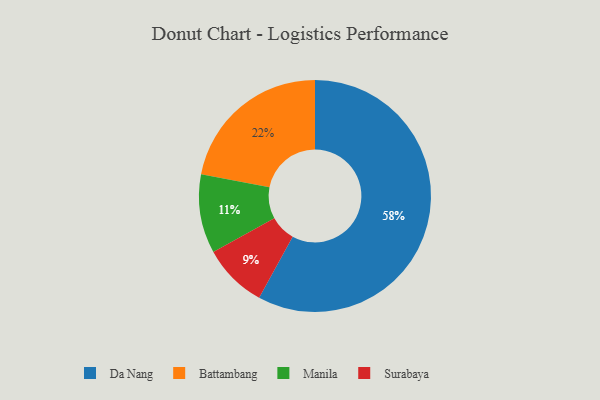
{"axis": {"x": "Category", "y": "Percentage"}, "legend": ["Battambang", "Da Nang", "Manila", "Surabaya"], "data": [{"x": "Surabaya", "y": 9, "type": "Surabaya"}, {"x": "Da Nang", "y": 58, "type": "Da Nang"}, {"x": "Battambang", "y": 22, "type": "Battambang"}, {"x": "Manila", "y": 11, "type": "Manila"}]}